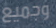
وجميع